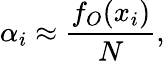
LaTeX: \alpha_{i}\approx\frac{f_{O}(x_{i})}{N},